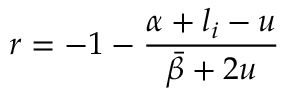
r = - 1 - \frac { \alpha + l _ { i } - u } { \bar { \beta } + 2 u }